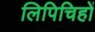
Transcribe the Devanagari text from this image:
लिपिचिहों